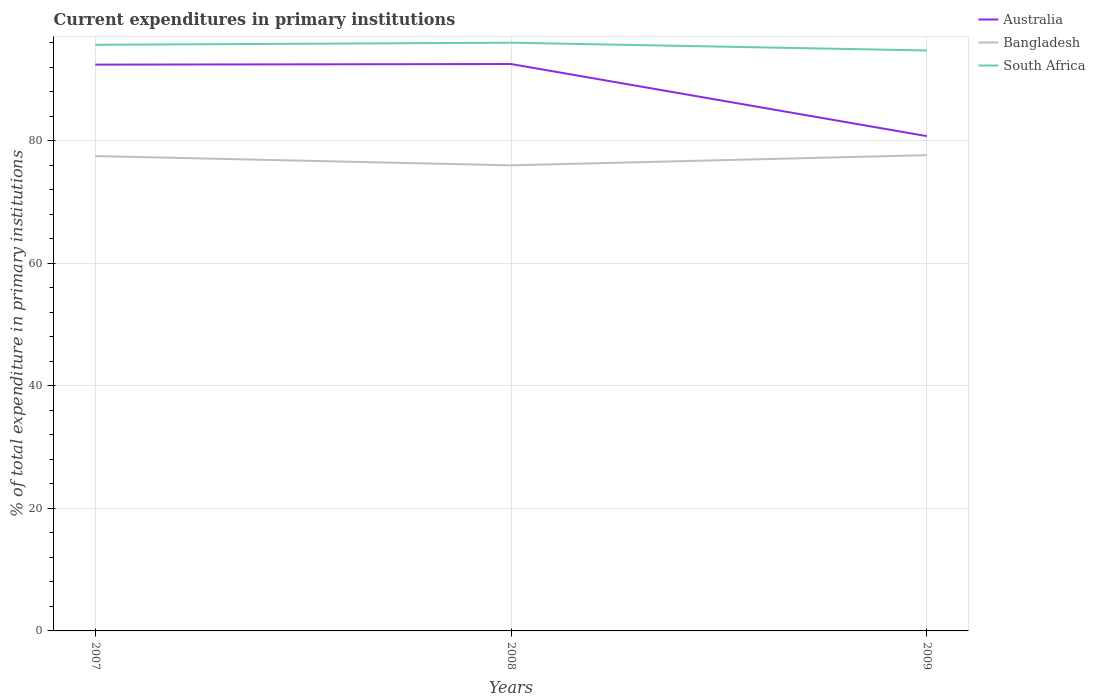
| Years | Australia | Bangladesh | South Africa |
 | --- | --- | --- | --- |
 | 2007 | 92.4 | 77.5 | 95.7 |
 | 2008 | 92.5 | 76 | 96 |
 | 2009 | 80.8 | 77.6 | 94.7 |